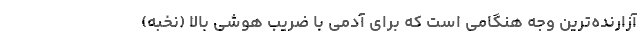
آزارنده‌ترین وجه هنگامی است که برای آدمی با ضریب هوشی بالا (نخبه)